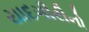
યાદગીરીનો